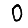
Digit: 0